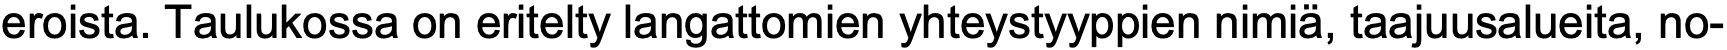
eroista. Taulukossa on eritelty langattomien yhteystyyppien nimiä, taajuusalueita, no-